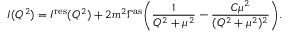
I ( Q ^ { 2 } ) = I ^ { \mathrm { r e s } } ( Q ^ { 2 } ) + 2 m ^ { 2 } \Gamma ^ { \mathrm { a s } } \Biggl ( { \frac { 1 } { Q ^ { 2 } + \mu ^ { 2 } } } - { \frac { C \mu ^ { 2 } } { ( Q ^ { 2 } + \mu ^ { 2 } ) ^ { 2 } } } \Biggr ) .